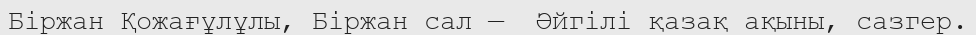
Біржан Қожағұлұлы, Біржан сал —  Әйгілі қазақ ақыны, сазгер.